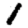
Digit: 1